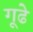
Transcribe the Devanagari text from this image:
गूढे